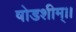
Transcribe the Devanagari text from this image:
षोडशीम्।।